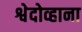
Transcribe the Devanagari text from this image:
श्वेदोव्हाना